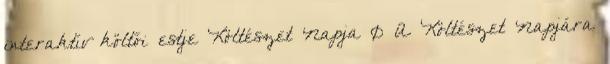
interaktív költői estje Költészet Napja 0 A Költészet Napjára